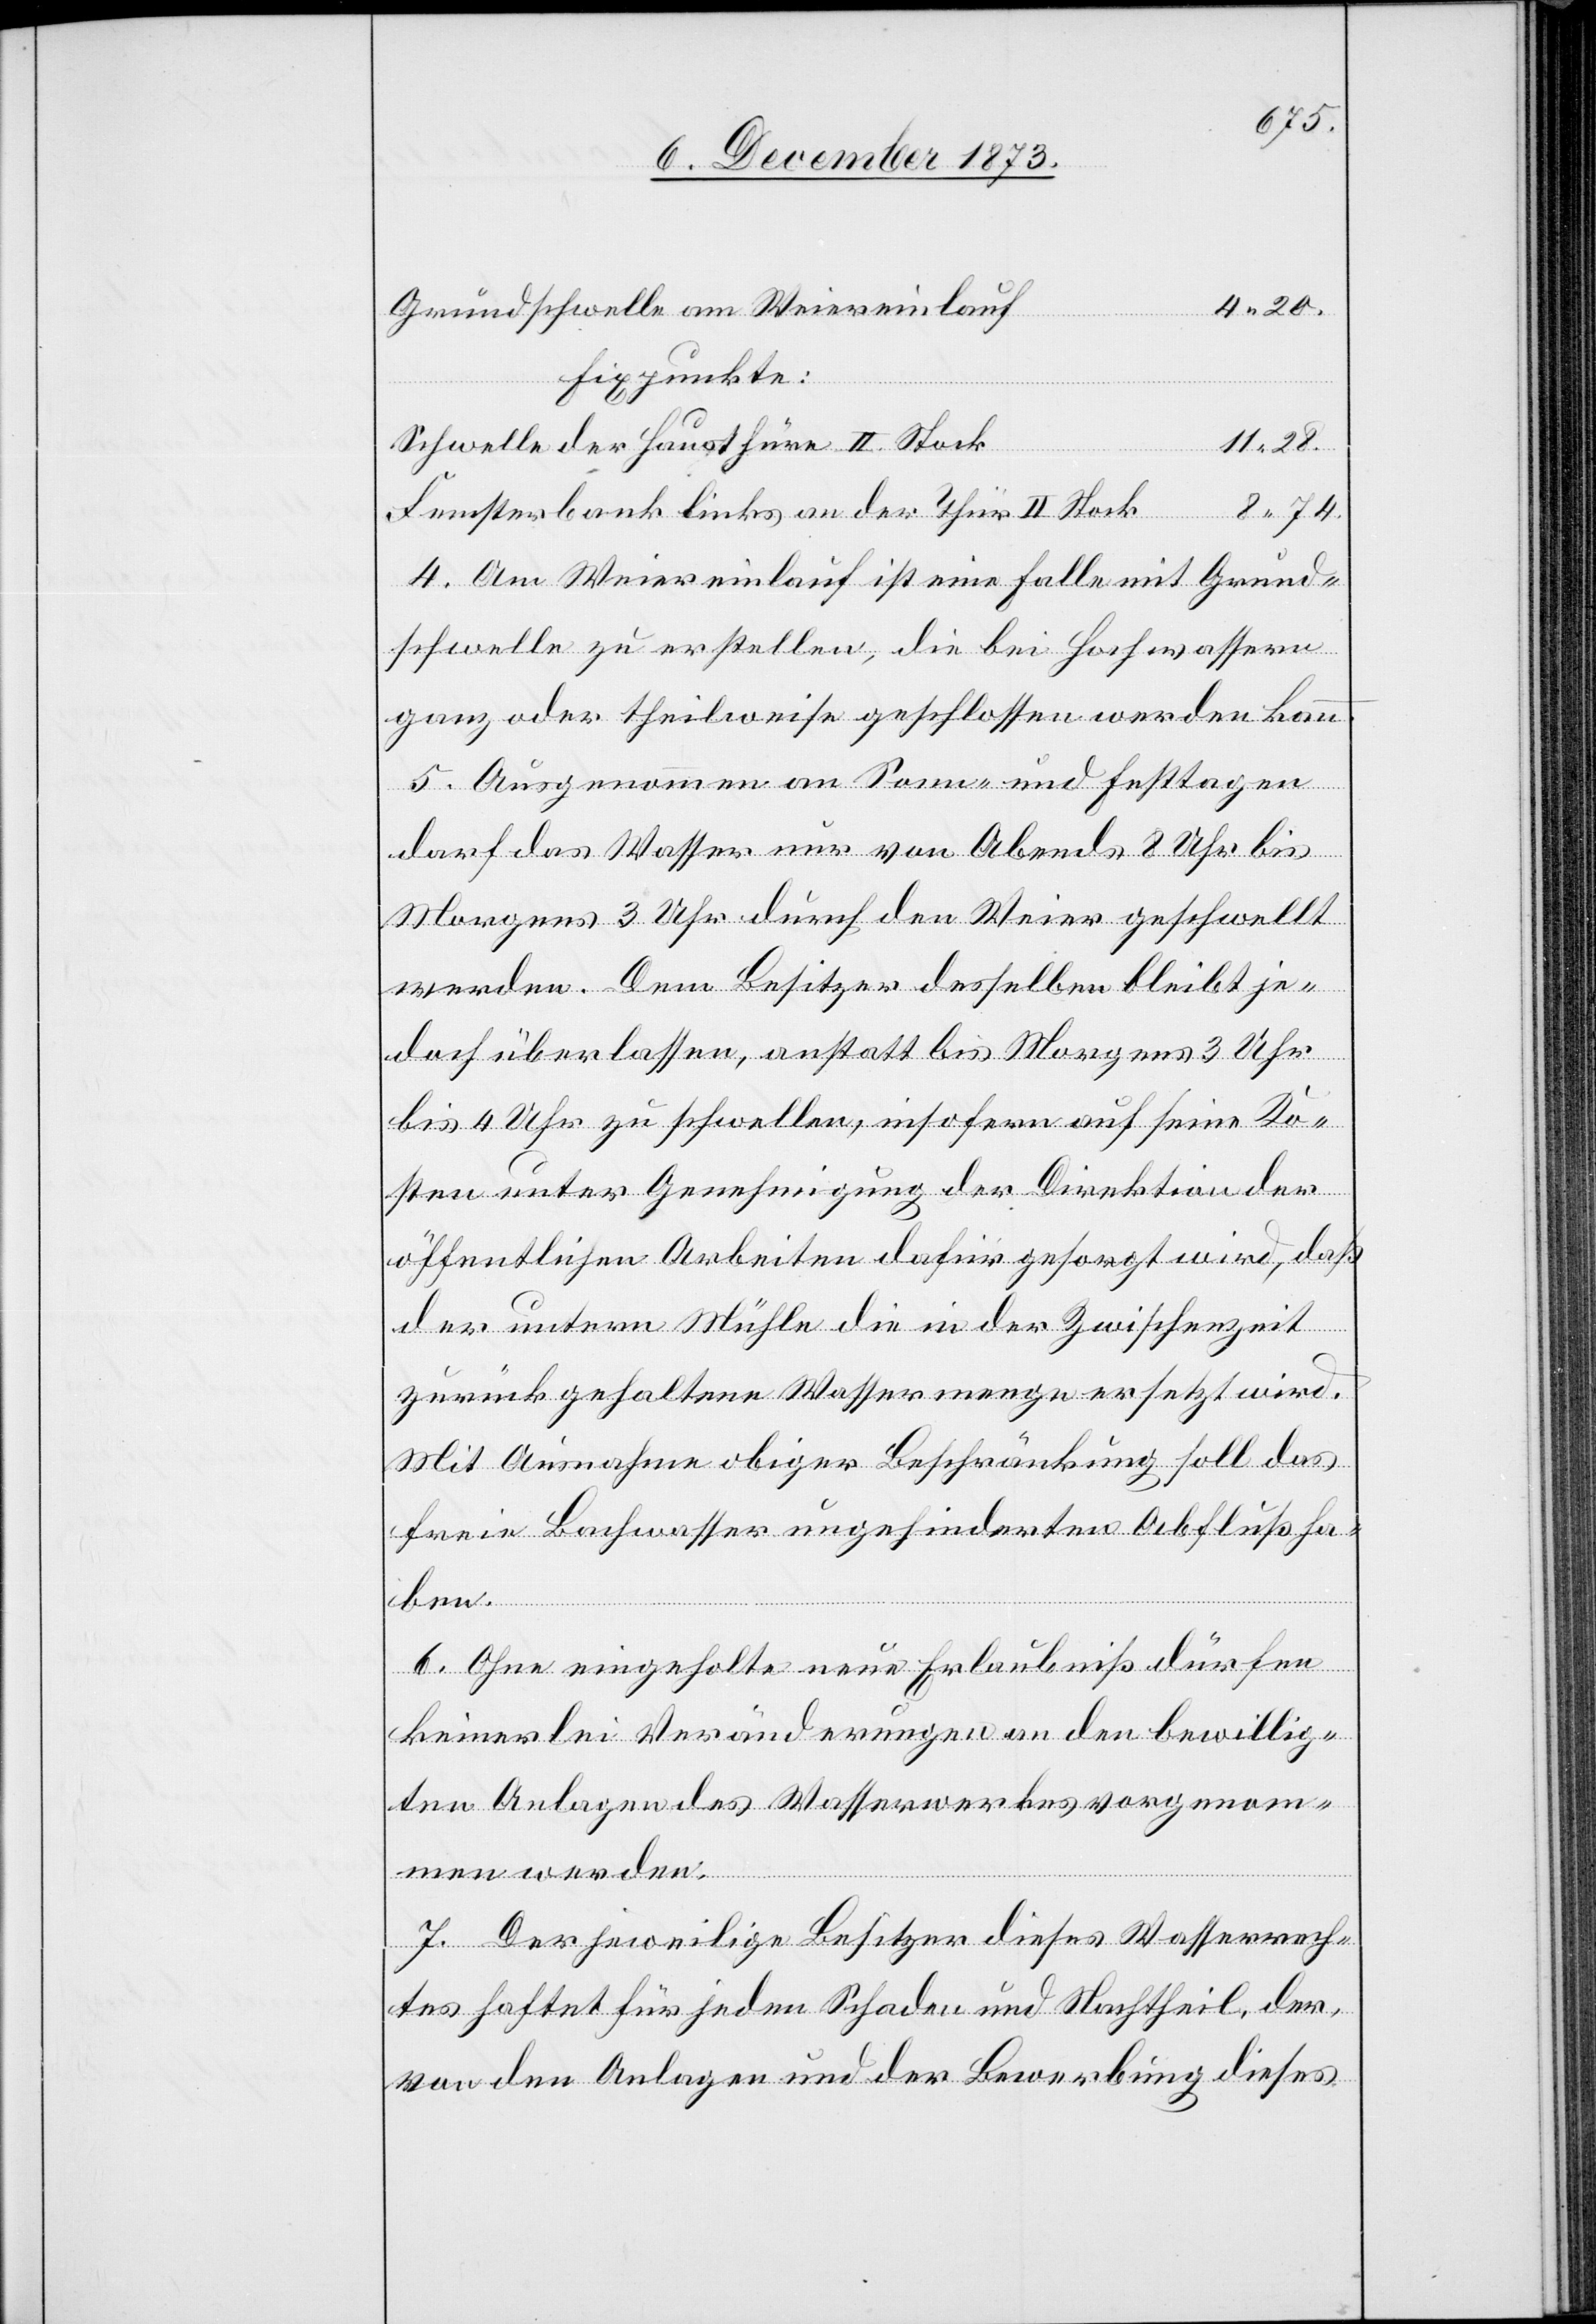
8 74.
4 20.
Grundschwelle am Weiereinlauf
Fixpunkte:
Schwelle der Hausthüre II. Stock
11 28.
Fensterbank links an der Thür II. Stock
4. Am Weiereinlauf ist eine Falle mit Grund¬
schwelle zu erstellen, die bei Hochwassern
ganz oder theilweise geschlossen werden kann.
5. Ausgenommen an Sonn- und Festtagen
darf das Wasser nur von Abends 8 Uhr bis
Morgens 3 Uhr durch den Weier geschwellt
werden. Dem Besitzer desselben bleibt je¬
doch überlassen, anstatt bis Morgens 3 Uhr
bis 4 Uhr zu schwellen, insofern auf seine Ko¬
sten unter Genehmigung der Direktion der
öffentlichen Arbeiten dafür gesorgt wird, daß
der untern Mühle die in der Zwischenzeit
zurück gehaltene Wassermenge ersetzt wird.
Mit Ausnahme obiger Beschränkung soll das
freie Bachwasser ungehinderten Abfluß ha¬
ben.
6. Ohne eingeholte neue Erlaubniß dürfen
keinerlei Veränderungen an den bewillig¬
ten Anlagen des Wasserwerkes vorgenom¬
men werden.
7. Der jeweilige Besitzer dieses Wasserrech¬
tes haftet für jeden Schaden und Nachtheil, der,
von den Anlagen und der Bewerbung dieses